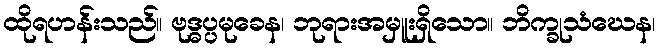
ထိုရဟန်းသည်။ ဗုဒ္ဓပ္ပမုခေန၊ ဘုရားအမှူးရှိသော။ ဘိက္ခုသံဃေန၊